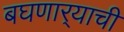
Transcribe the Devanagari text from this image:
बघणार्‍याची